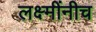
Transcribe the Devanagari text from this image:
लक्ष्मींनीच